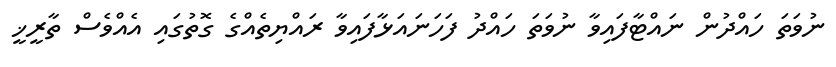
ނުވަތަ ހައްދުން ނައްޓާފައިވާ ނުވަތަ ހައްދު ފަހަނައަޅާފައިވާ ރައްޔިތެއްގެ ގޮތުގައި އެއްވެސް ތާރީޚީ